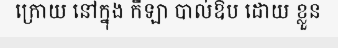
ក្រោយ នៅក្នុង កីឡា បាល់ឱប ដោយ ខ្លួន